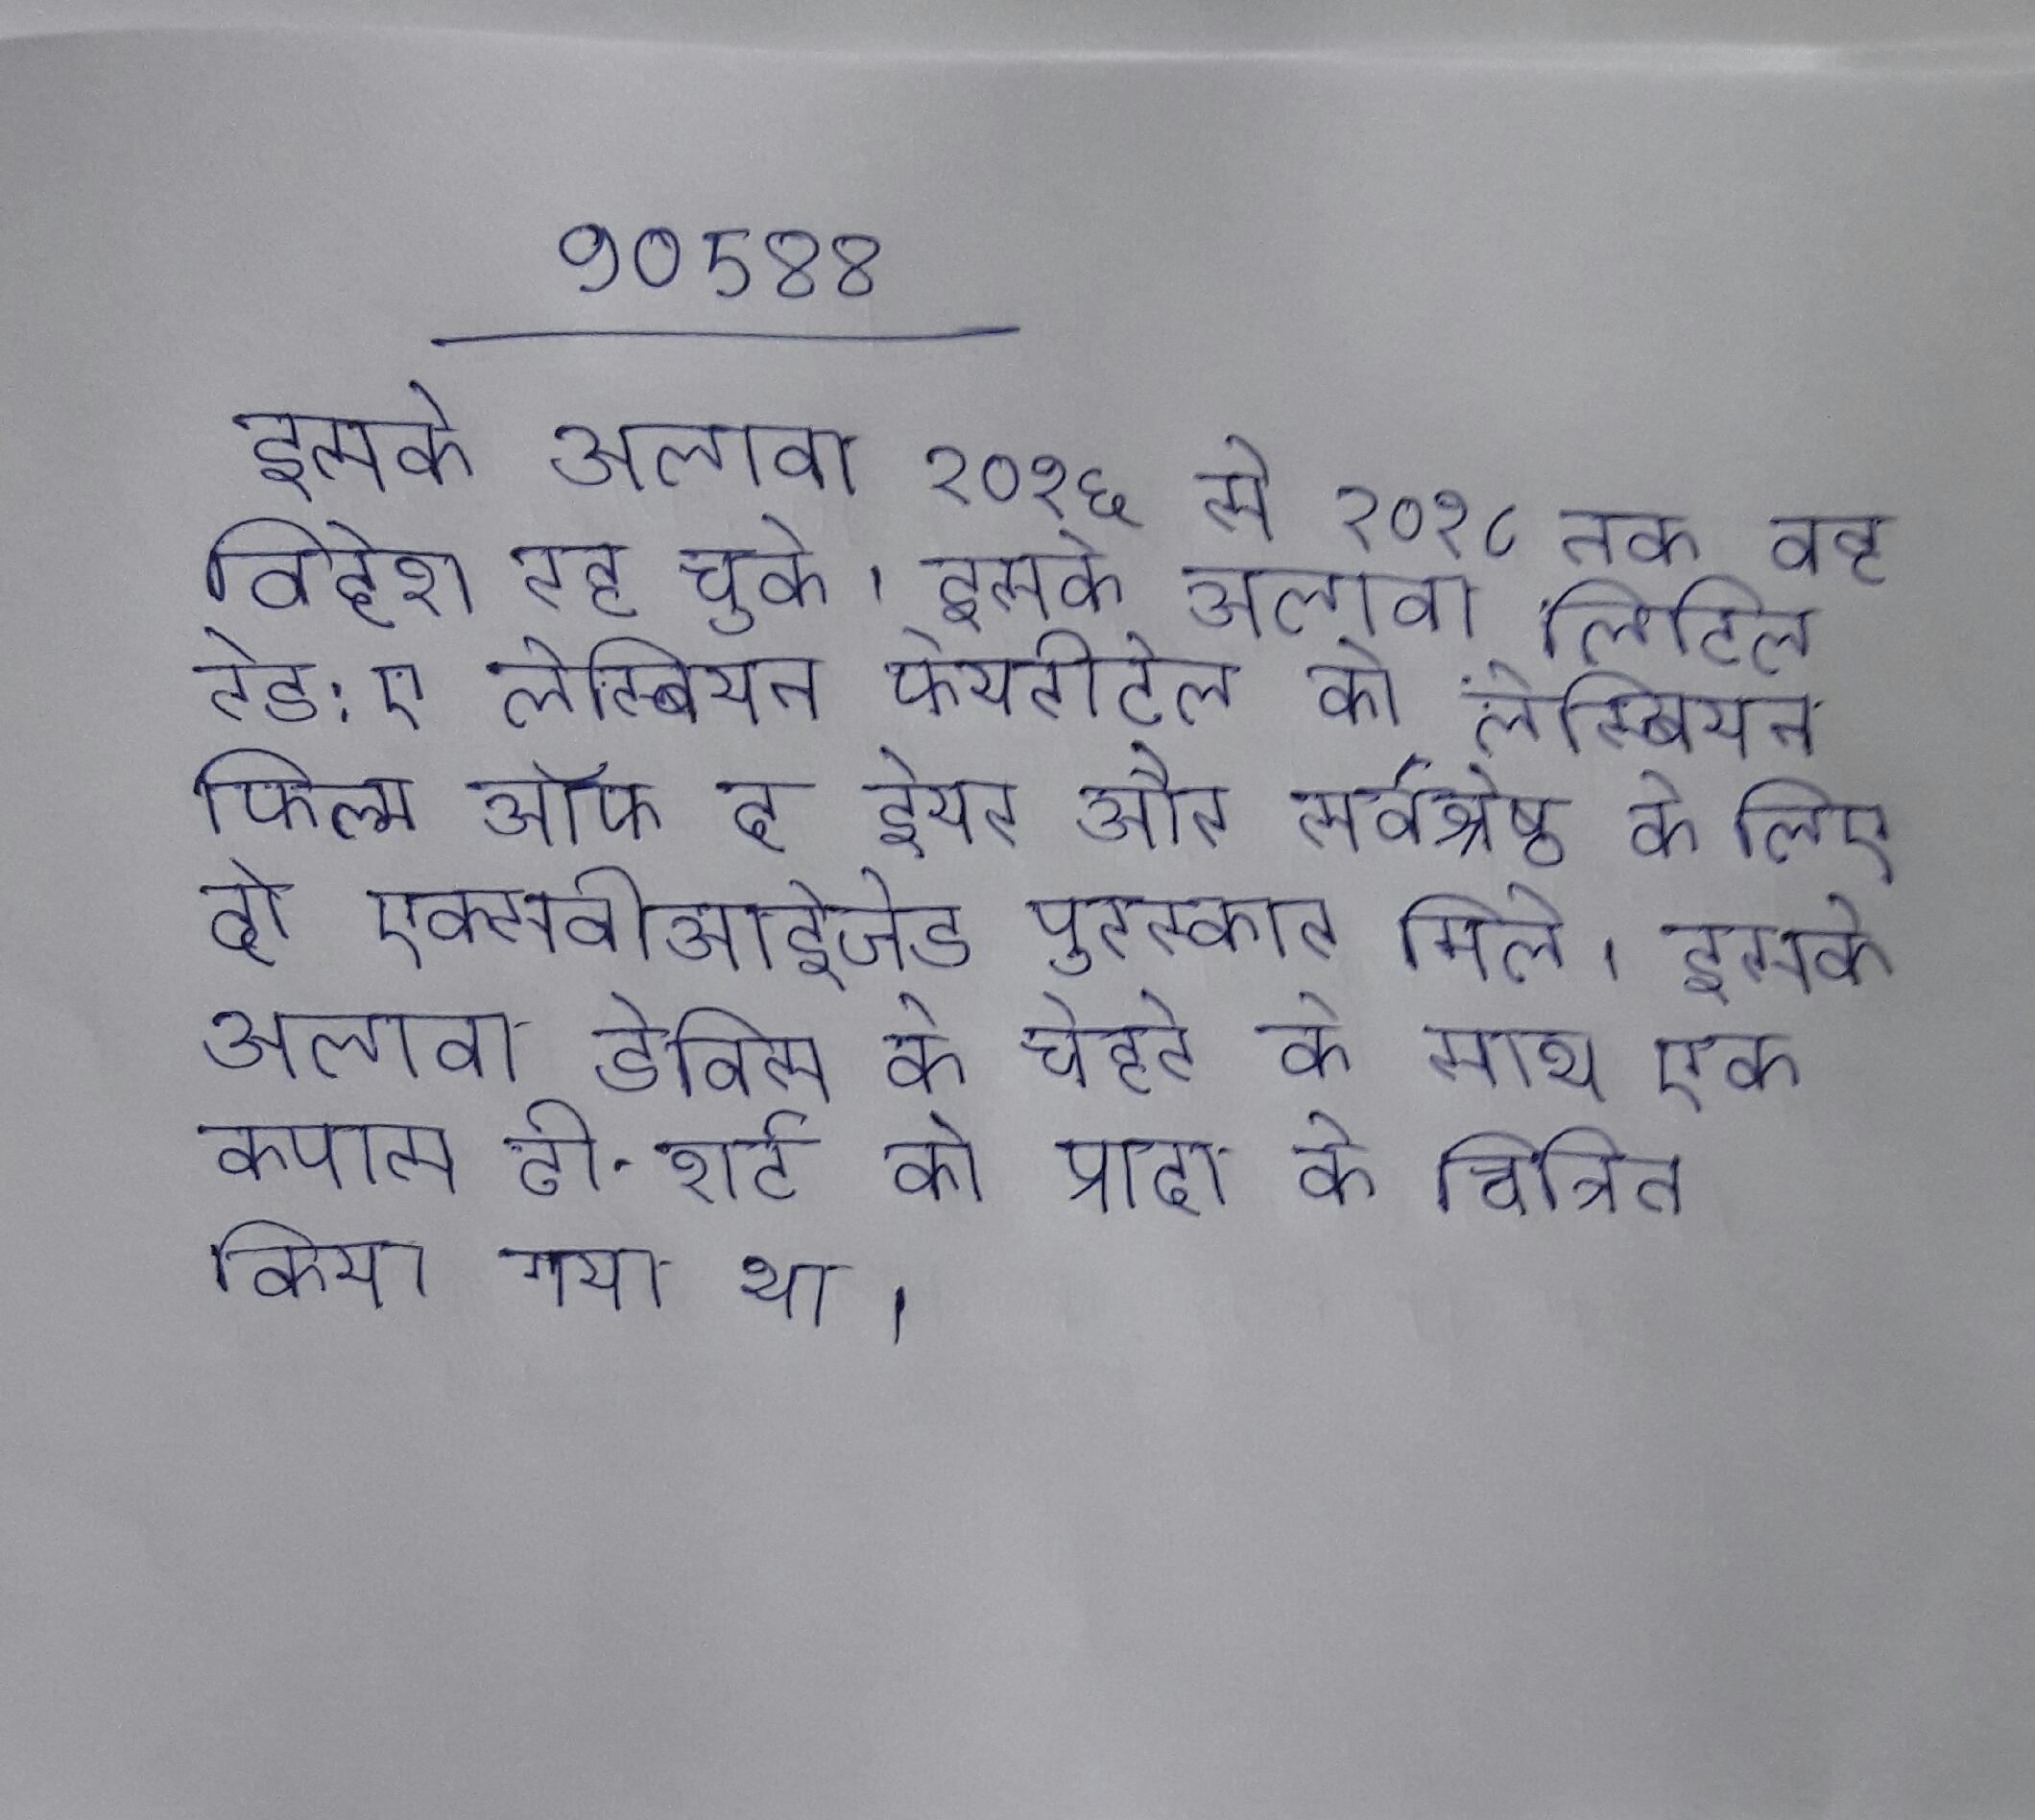
इसके अलावा २०१६ से २०१८ तक वह विदेश रह चुके । इसके अलावा लिटिल रेड: ए लेस्बियन फेयरीटेल को लेस्बियन फिल्म ऑफ द ईयर और सर्वश्रेष्ठ के लिए दो एक्सबीआईजेड पुरस्कार मिले । इसके अलावा डेविस के चेहरे के साथ एक कपास टी-शर्ट को प्रादा के चित्रित किया गया था ।